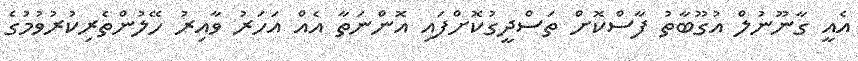
އެއީ ގާނޫނުލް އުގޫބާތު ފާސްކޮށް ތަސްދީގުކޮށްފައި އޮންނަތާ އެއް އަހަރު ވާއިރު ހޭލުންތެރިކުރުވުމުގެ